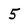
Character: 5